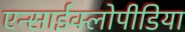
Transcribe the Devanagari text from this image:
एन्साईक्लोपीडिया